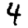
Digit: 4